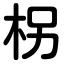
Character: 柺